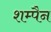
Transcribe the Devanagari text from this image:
शम्पैन